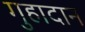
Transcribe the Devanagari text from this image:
गुहादान